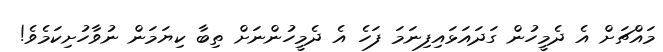
މައްޗަށް އެ ދެމީހުން ގަދައަޅައިފިނަމަ ފަހެ އެ ދެމީހުންނަށް ތިބާ ކިޔަމަން ނުވާހުށިކަމެވެ!